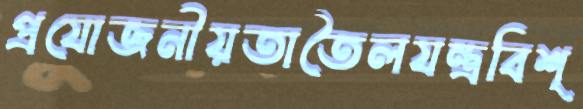
প্রযোজনীয়তাতৈলযন্ত্রবিশ্